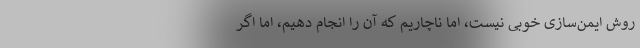
روش ایمن‌سازی خوبی نیست، اما ناچاریم که آن را انجام دهیم، اما اگر